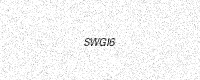
Text: SWGI6